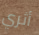
أثري